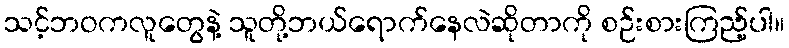
သင့်ဘဝကလူတွေနဲ့ သူတို့ဘယ်ရောက်နေလဲဆိုတာကို စဉ်းစားကြည့်ပါ။